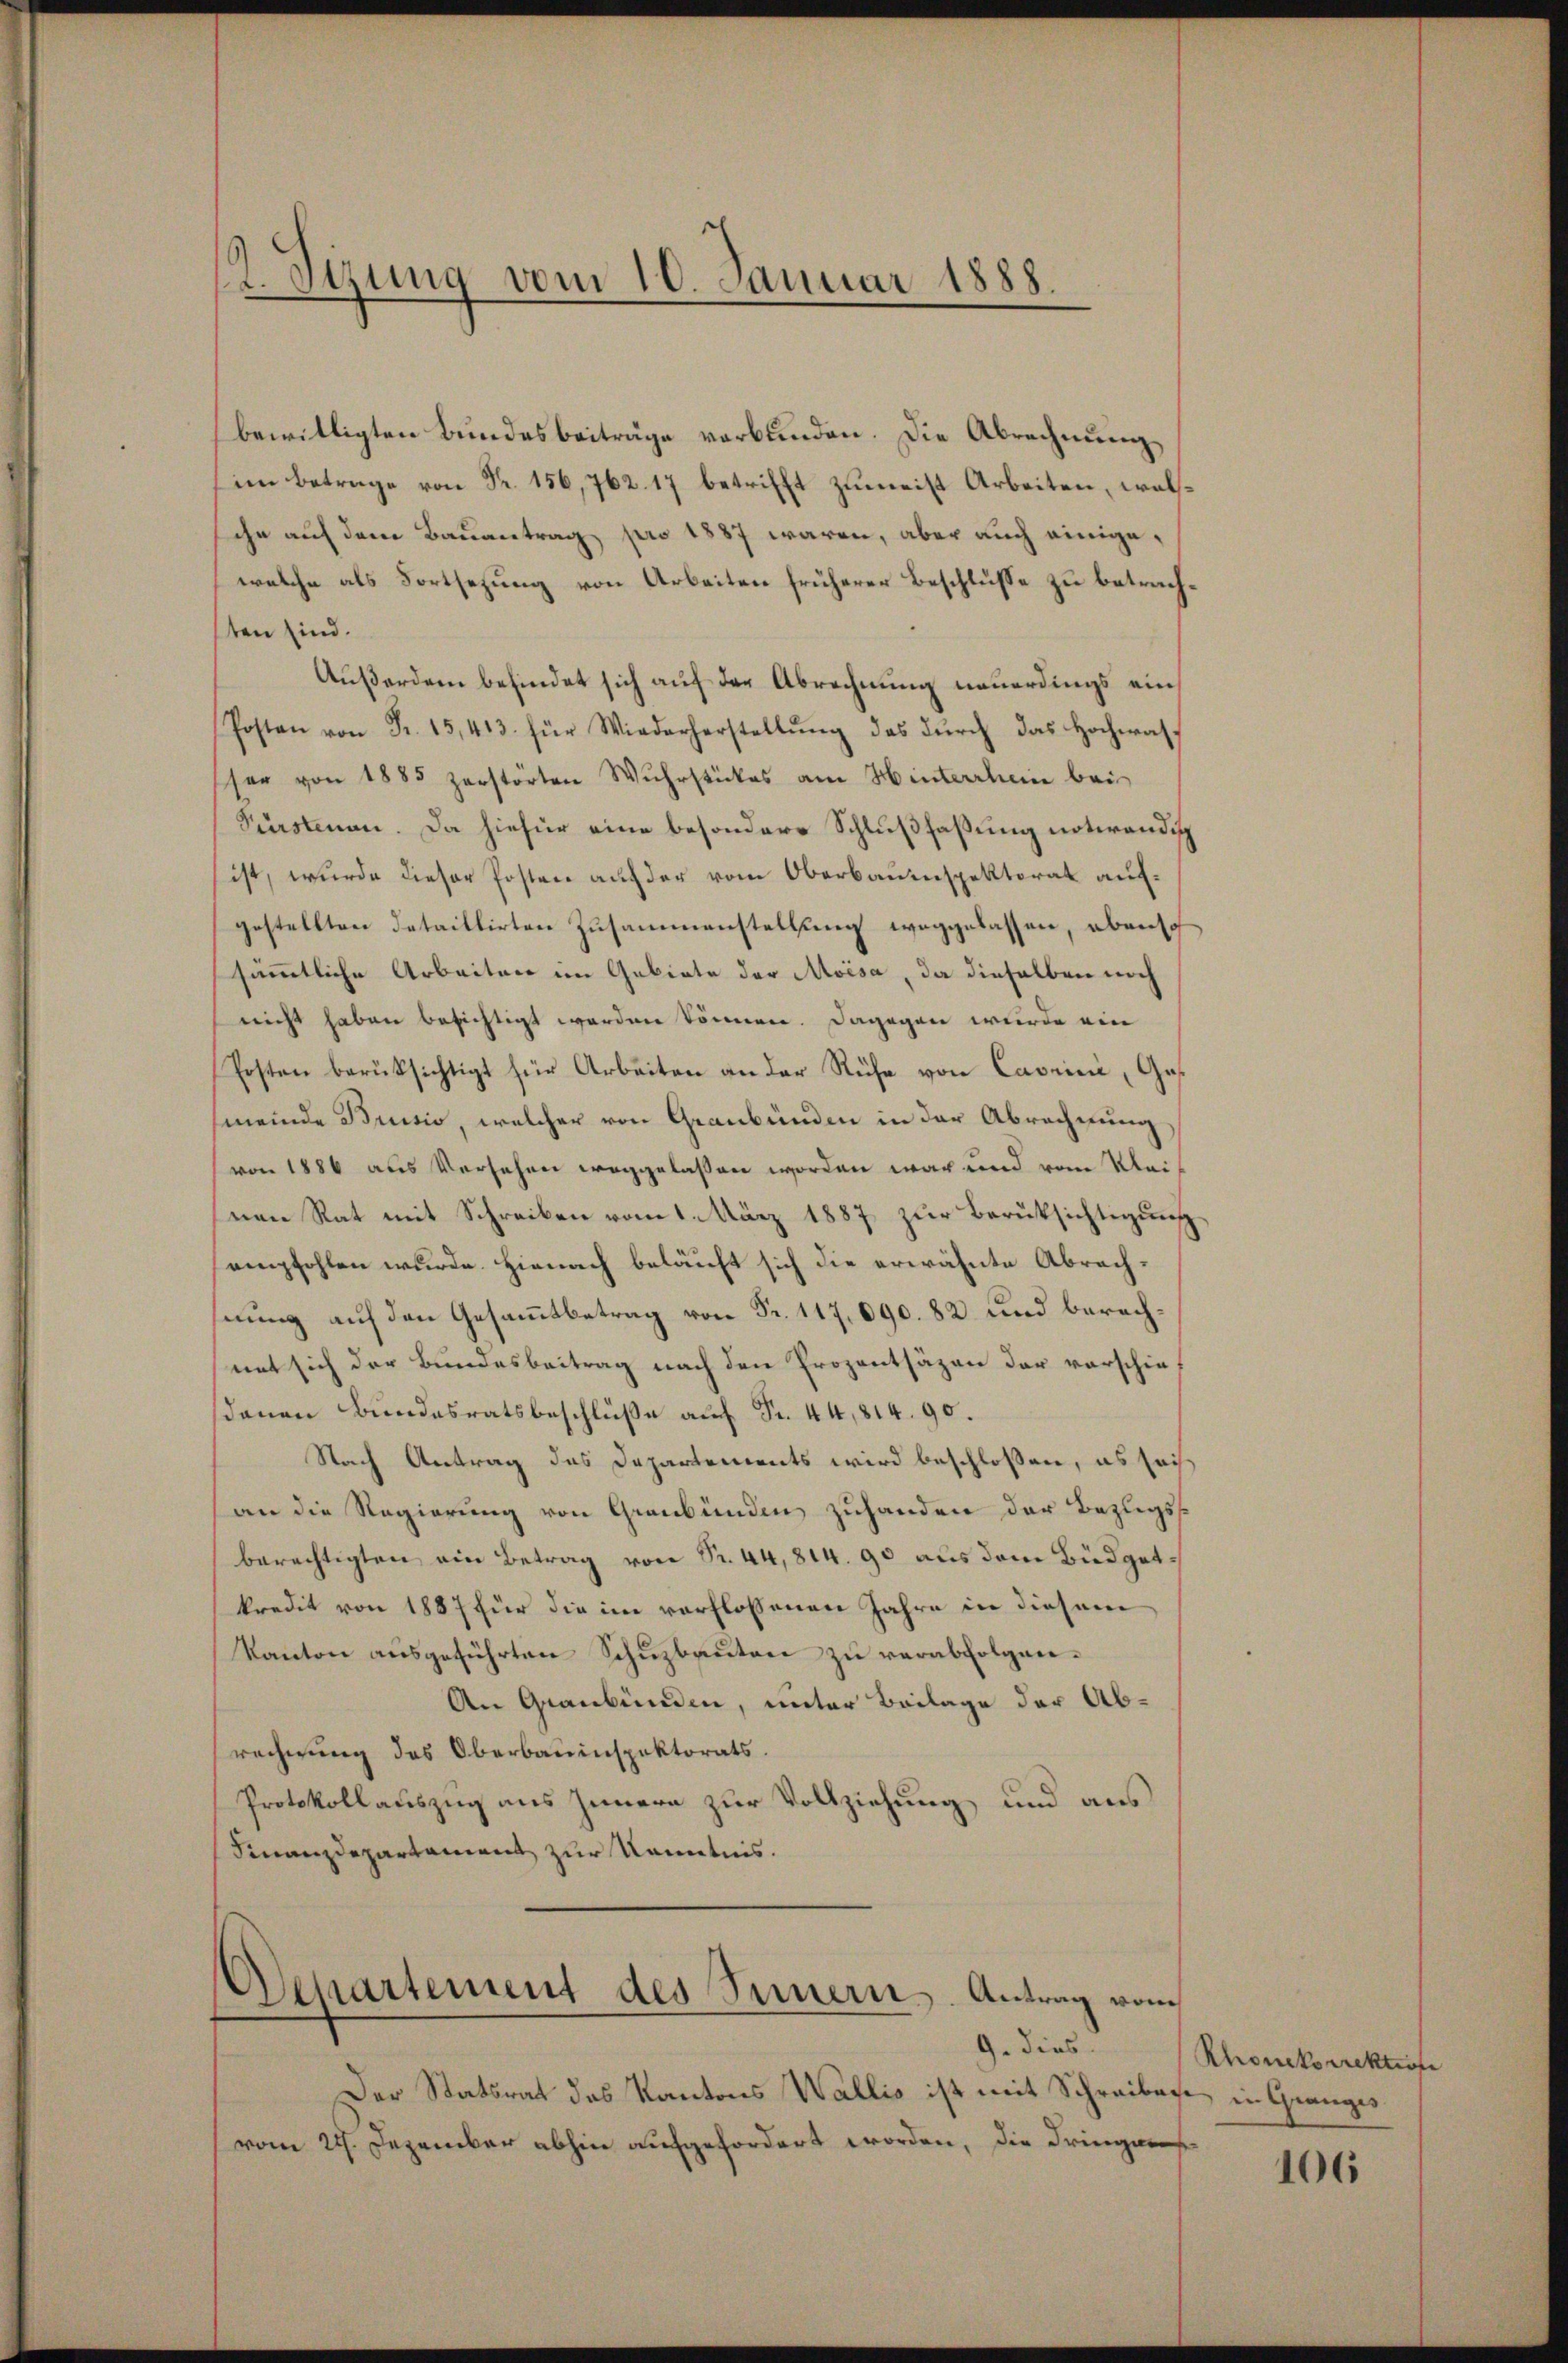
bewilligten Bundesbeiträge verbunden. Die Abrechnung,
im Betrage von Fr. 156,762. 17 betrifft zumeist Arbeiten, welihn auf dem Bauantrag pro 1887 waren, aber auch einige,
welche als Fortsetzung von Arbeiten früherer Beschlüsse zu betrachten sind.
Außerdem befindet sich auf der Abrechnung neuerdings ein¬
Posten von Fr. 15,413. für Wiederherstellŭng des dŭrch das Hochwas
ser von 1885 zerstörten Wuhrstückes am Hinterrhein bei
Pürstenen. Da hiefür eine besondere Schlußfaßung notwendig
ist, wurde dieser Posten auf der vom Oberbauinspektorat aufgestellten detaillirten Zusammenstellung weggelassen, ebenso
sämmtliche Arbeiten im Gebiete der Moisa, da dieselben noch
nicht haben besichtigt worden können. Dagegen wurde ein
Posten berüksichtigt für Arbeiten an der Ruhe von Cavrini, Ges
meinde Brusio, welcher von Graubünden in der Abrechnung
von 1886 aus Versehen weggelassen worden war und vom Kleinen Rat mit Schreiben vom 1. März 1887 zur Berüksichtigung
empfohlen wurde. Hienach beläuft sich die erwähnte Abrechnung auf den Gesammtbetrag von Fr. 117. 690. 82 und berechnet sich der Bundesbeitrag nach den Prozentsäzen der vorschiedanen Bundesratsbeschluße auf Fr. 44,814. 90.
Nach Antrag des Departements wird beschlossen, es sach
an die Regierung von Graubünden zuhanden der Bezugsberechtigten ein Betrag von Fr. 44,814. 90 aus dem Büdgetkredit von 1887 für die im verflossenen Jahre in diesem
Kanton ausgeführten Schuzbauten zu verabfolgen¬
An Graubünden, unter Beilage der Abrechnung des Oberbauinspektorats.
Protokollauszug aus Innern zur Vollziehung und aus
Finanzdepartament zur Kenntnis.

2. Sizung vom 10. Januar 1888.

Departement des Innern. Antrag vom
9. dies

Der Statsrat des Kantons Wallis ist mit Schreiben in Granges
vom 22. Dezember abhin aufgefordert worden, die dringens

Rhonekorrektion

106